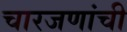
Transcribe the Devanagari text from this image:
चारजणांची